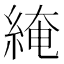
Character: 𦁏